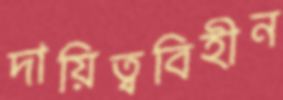
দায়িত্ববিহীন